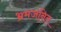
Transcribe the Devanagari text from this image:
भ्रमजनित